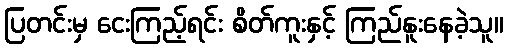
ပြတင်းမှ ငေးကြည့်ရင်း စိတ်ကူးနှင့် ကြည်နူးနေခဲ့သူ။